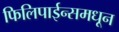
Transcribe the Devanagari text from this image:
फिलिपाईन्समधून